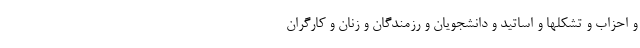
و احزاب و تشکلها و اساتید و دانشجویان و رزمندگان و زنان و کارگران